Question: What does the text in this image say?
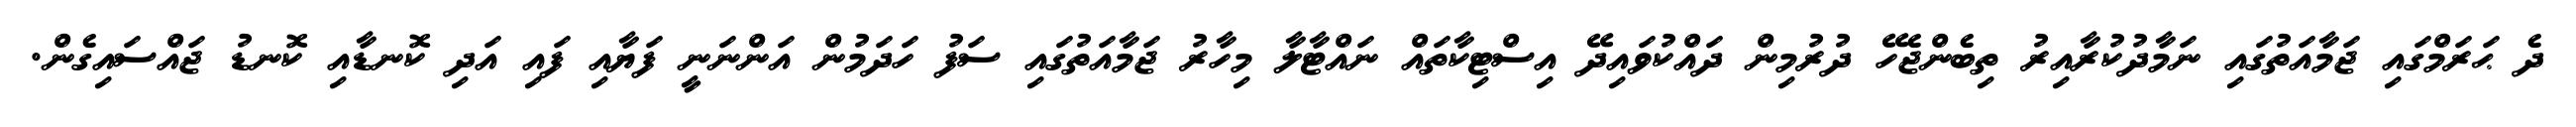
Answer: ދެ ޙަރަމްގައި ޖަމާއަތުގައި ނަމާދުކުރާއިރު ތިބެންޖެހޭ ދުރުމިން ދައްކުވައިދޭ އިސްޓިކާތައް ނައްޓާލާ މިހާރު ޖަމާއަތުގައި ސަފު ހަދަމުން އަންނަނީ ފަޔާއި ފައި އަދި ކޮނޑާއި ކޮނޑު ޖައްސައިގެން.